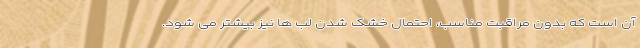
آن است که بدون مراقبت مناسب، احتمال خشک شدن لب ها نیز بیشتر می شود.